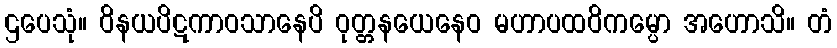
ဌပေသုံ။ ဝိနယပိဋကာဝသာနေပိ ဝုတ္တနယေနေဝ မဟာပထဝိကမ္ပော အဟောသိ။ တံ